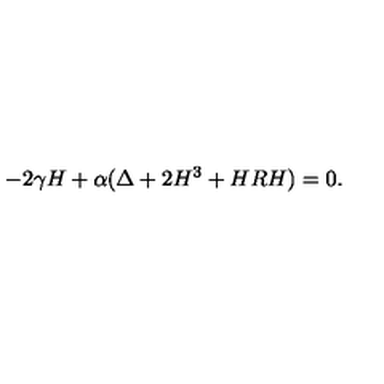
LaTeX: - 2 \gamma H + \alpha ( \Delta + 2 H ^ { 3 } + H R H ) = 0 .